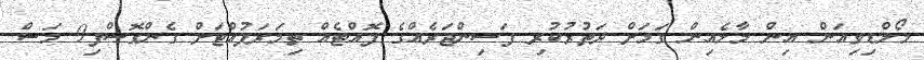
މޯލްޑިވިއަން އިން މާލެއިން ގަމަށް ދަތުރުކުރި ފަސިންޖަރެއްގެ ފޮއްޓެއް ތިމަރަފުއްޓަށް ގެންގޮސްފި9 މަސް